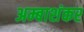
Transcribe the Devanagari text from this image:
अम्बाशंकर